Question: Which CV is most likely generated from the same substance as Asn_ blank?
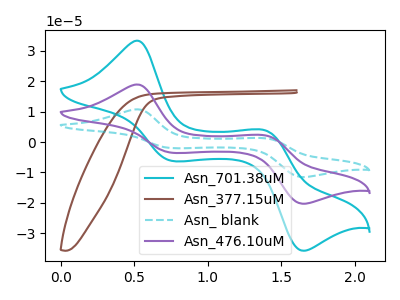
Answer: <think>The cyan curve "Asn_701.38uM" has anodic peaks at (0.50V, 33.35uA) (1.40V, 3.85uA) and cathodic peaks at (0.75V, -6.25uA) (1.65V, -35.75uA). The brown curve "Asn_377.15uM" has no peaks. The cyan dashed curve "Asn_ blank" has anodic peaks at (0.50V, 37.85uA) (1.40V, 4.40uA) and cathodic peaks at (0.75V, -7.05uA) (1.65V, -40.60uA). The purple curve "Asn_476.10uM" has anodic peaks at (0.50V, 18.95uA) (1.40V, 2.20uA) and cathodic peaks at (0.75V, -3.55uA) (1.65V, -20.30uA).
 "Asn_701.38uM" and "Asn_377.15uM" have a different number of peaks. All the peaks in "Asn_701.38uM" have a peak in "Asn_ blank" at the same potential. Every peak in "Asn_701.38uM" is lower than every peak in "Asn_ blank". All the peaks in "Asn_701.38uM" have a peak in "Asn_476.10uM" at the same potential. Every peak in "Asn_701.38uM" is higher than every peak in "Asn_476.10uM". "Asn_377.15uM" and "Asn_ blank" have a different number of peaks. "Asn_377.15uM" and "Asn_476.10uM" have a different number of peaks. All the peaks in "Asn_ blank" have a peak in "Asn_476.10uM" at the same potential. Every peak in "Asn_ blank" is higher than every peak in "Asn_476.10uM".</think>
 <answer>"Asn_ blank" and "Asn_476.10uM" have a similar shape to "Asn_701.38uM".</answer>
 <eval>"Asn_ blank" "Asn_476.10uM"</eval>